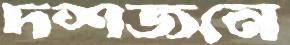
দশজনে